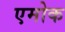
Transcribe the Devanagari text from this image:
एमोक